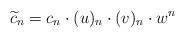
LaTeX: \begin{align*}\widetilde{c}_n = c_n \cdot (u)_n \cdot (v)_n \cdot w^n\end{align*}